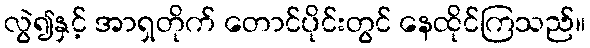
လွဲ၍နှင့် အာရှတိုက် တောင်ပိုင်းတွင် နေထိုင်ကြသည်။